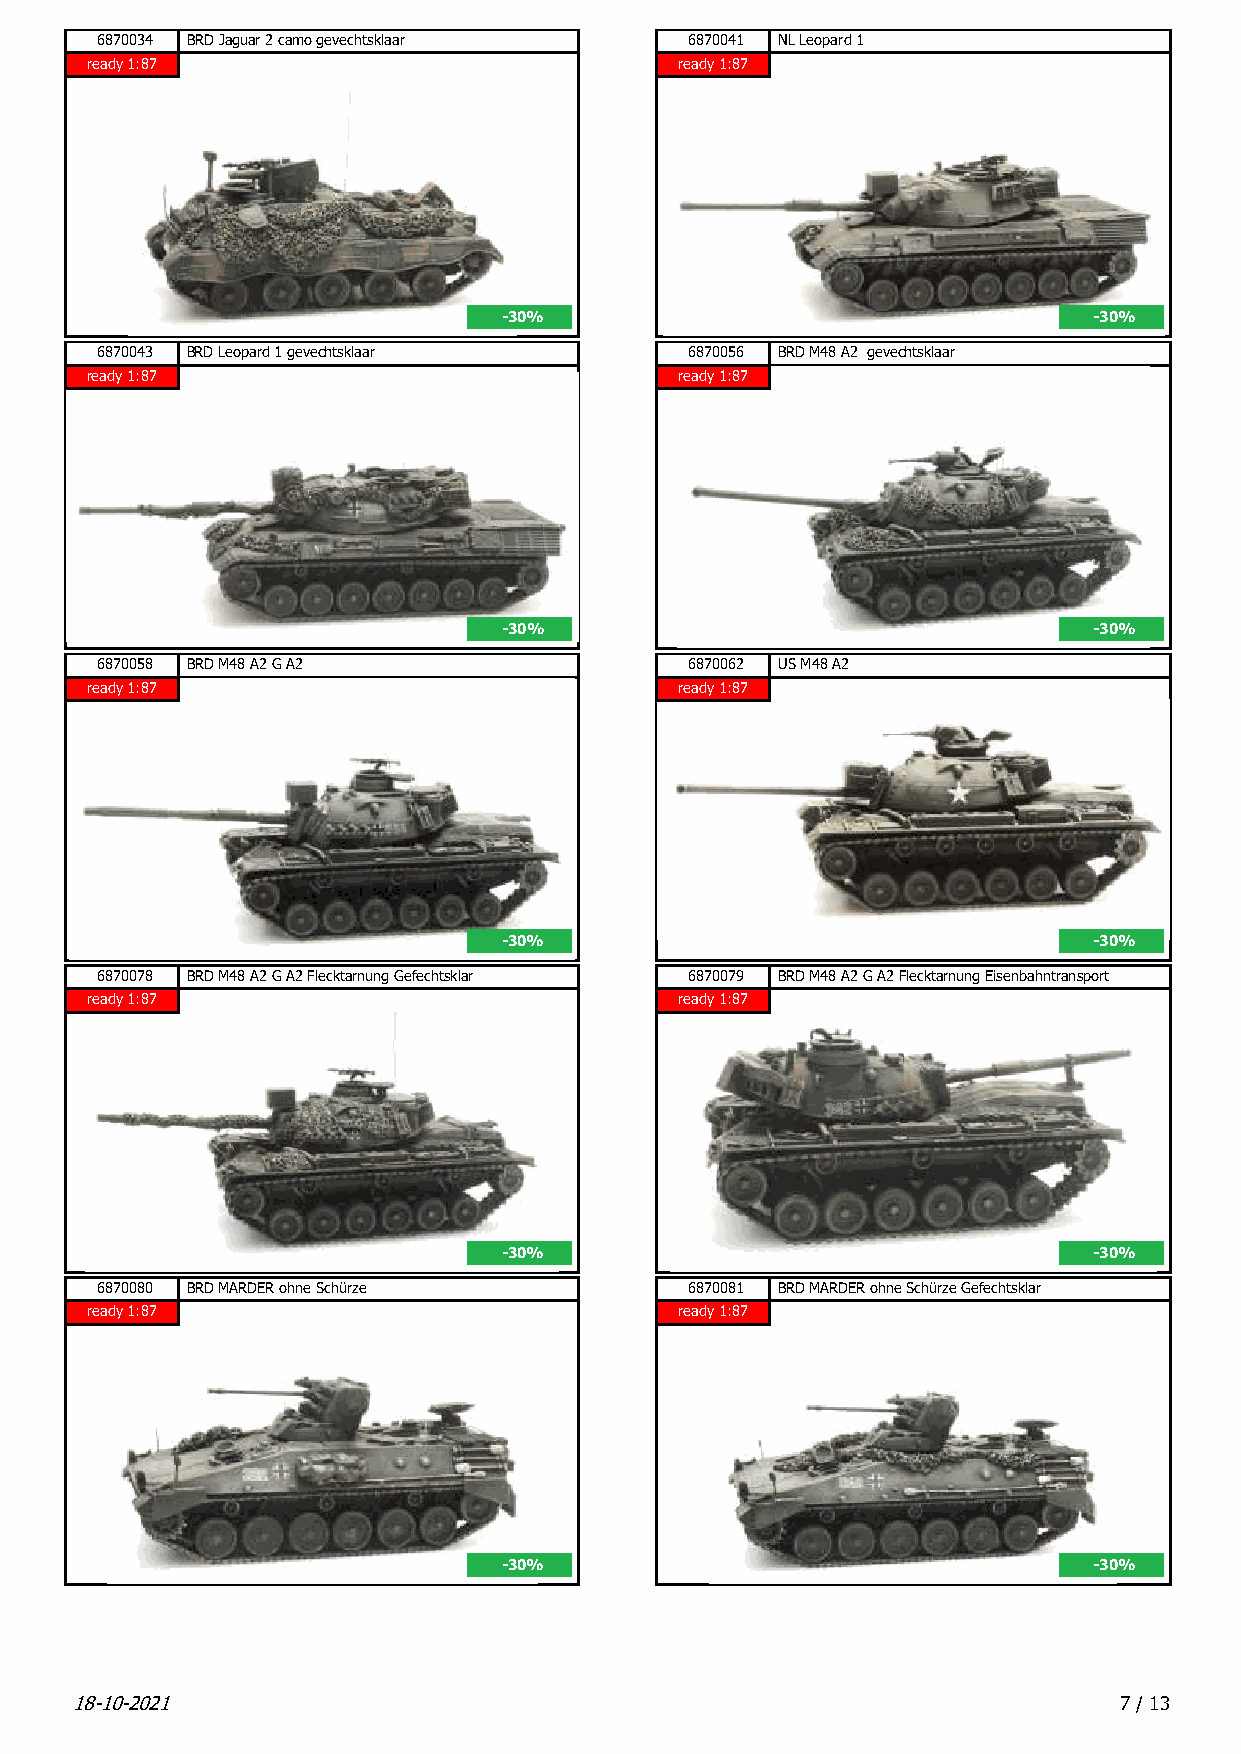
6870034 BRD Jaguar 2 camo gevechtsklaar 6870041 NL Leopard 1
 ready 1:87                             ready 1:87
 -30%                                   -30%
 6870043 BRD Leopard 1 gevechtsklaar     6870056 BRD M48 A2 gevechtsklaar
 ready 1:87                             ready 1:87
 -30%                                   -30%
 6870058 BRD M48 A2 G A2                 6870062 US M48 A2
 ready 1:87                             ready 1:87
 -30%                                   -30%
 6870078 BRD M48 A2 G A2 Flecktarnung Gefechtsklar 6870079 BRD M48 A2 G A2 Flecktarnung Eisenbahntransport
 ready 1:87                             ready 1:87
 -30%                                   -30%
 6870080 BRD MARDER ohne Schürze         6870081 BRD MARDER ohne Schürze Gefechtsklar
 ready 1:87                             ready 1:87
 -30%                                   -30%
 18-10-2021                                                           7 / 13